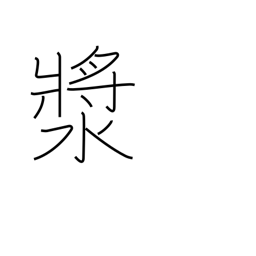
Meaning: a drink